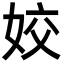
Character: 姣